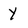
Character: y